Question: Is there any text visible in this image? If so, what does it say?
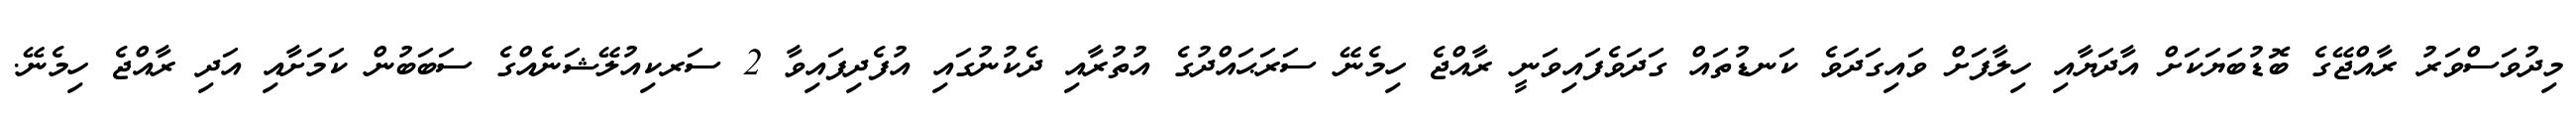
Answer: މިދުވަސްވަރު ރާއްޖޭގެ ބޮޑުބަޔަކަށް އާދަޔާއި ހިލާފަށް ވައިގަދަވެ ކަނޑުތައް ގަދަވެފައިވަނީ ރާއްޖެ ހިމެނޭ ސަރަޙައްދުގެ އުތުރާއި ދެކުނުގައި އުފެދިފައިވާ 2 ސަރކިއުލޭޝަނެއްގެ ސަބަބުން ކަމަށާއި އަދި ރާއްޖެ ހިމެނޭ.